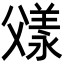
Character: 𬋼